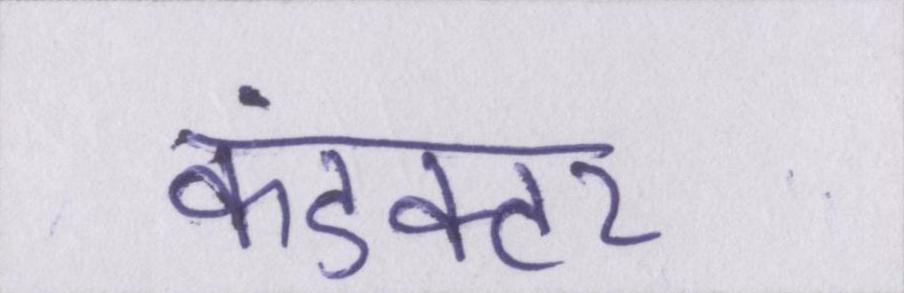
कंडक्टर